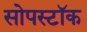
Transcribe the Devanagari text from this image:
सोपस्टॉक